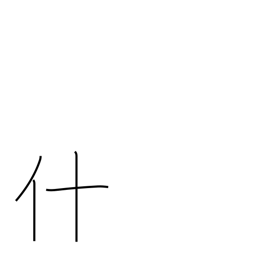
Meaning: thing